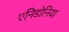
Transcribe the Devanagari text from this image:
एनिडोनिया